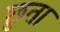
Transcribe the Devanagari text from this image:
छुता